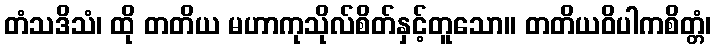
တံသဒိသံ၊ ထို တတိယ မဟာကုသိုလ်စိတ်နှင့်တူသော။ တတိယဝိပါကစိတ္တံ၊